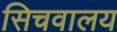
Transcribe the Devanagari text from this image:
सिचवालय